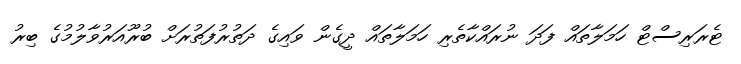
ޓެރަރިސްޓް ހަމަލާތައް ފަދަ ނުރައްކާތެރި ހަމަލާތައް ދީގެން ވައިގެ ދަތުރުފަތުރަށް ބުރޫއަރުވާލުމުގެ ބިރު